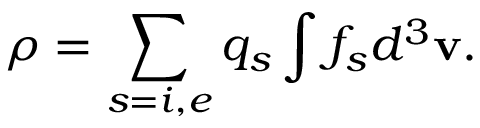
\rho = \sum _ { s = i , e } q _ { s } \int f _ { s } d ^ { 3 } \mathbf { v } .